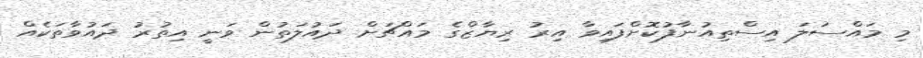
މި މައްސަލަ އިސްތިއުނާފުކޮށްފައިވާ އިރު ރިޔާޒްގެ މައްޗަށް ދައުލަތުން ވަނީ އިތުރު ދައުވާތަކެއް